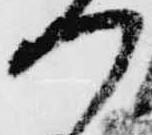
つ